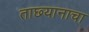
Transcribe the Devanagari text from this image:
ताछ्यानाचा